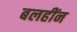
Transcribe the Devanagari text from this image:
बलहींन